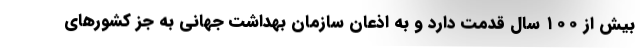
بیش از ۱۰۰ سال قدمت دارد و به اذعان سازمان بهداشت جهانی به جز کشورهای